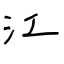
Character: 江